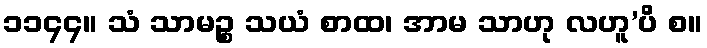
၁၁၄၄။ သံ သာမဉ္စ သယံ စာထ၊ အာမ သာဟု လဟူ’ပိ စ။